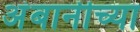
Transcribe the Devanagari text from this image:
अंबानीच्या